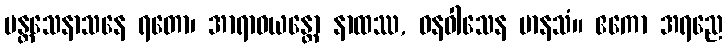
ပန္တသေနာသနေ ရတော၊ အာရာဓယန္တော နာထဿ, ဝနဝါသေန မာနသံ။ ဧကော အရညေ